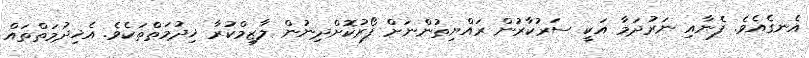
އެނގެއެވެ. ފެނާއި ނަރުދަމާ އަކީ ސަރުކާރުން ރައްޔިތުންނަށް ފޯރުކޮށްދިނުން ލާޒިމްކުރާ ޚިދުމަތްތަކެވެ. އެޚިދުމަތްތައް